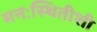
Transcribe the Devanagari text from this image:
मनःस्थितीशी